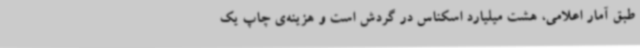
طبق آمار اعلامی، هشت میلیارد اسکناس در گردش است و هزینه‌ی چاپ یک